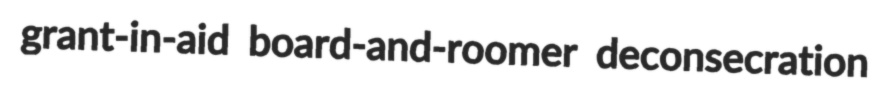
grant-in-aid board-and-roomer deconsecration